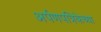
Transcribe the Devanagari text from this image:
अर्पणपत्रिकेच्या